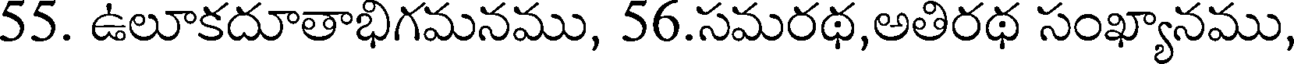
55. ఉలూకదూతాభిగమనము, 56.సమరథ,అతిరథ సంఖ్యానము,